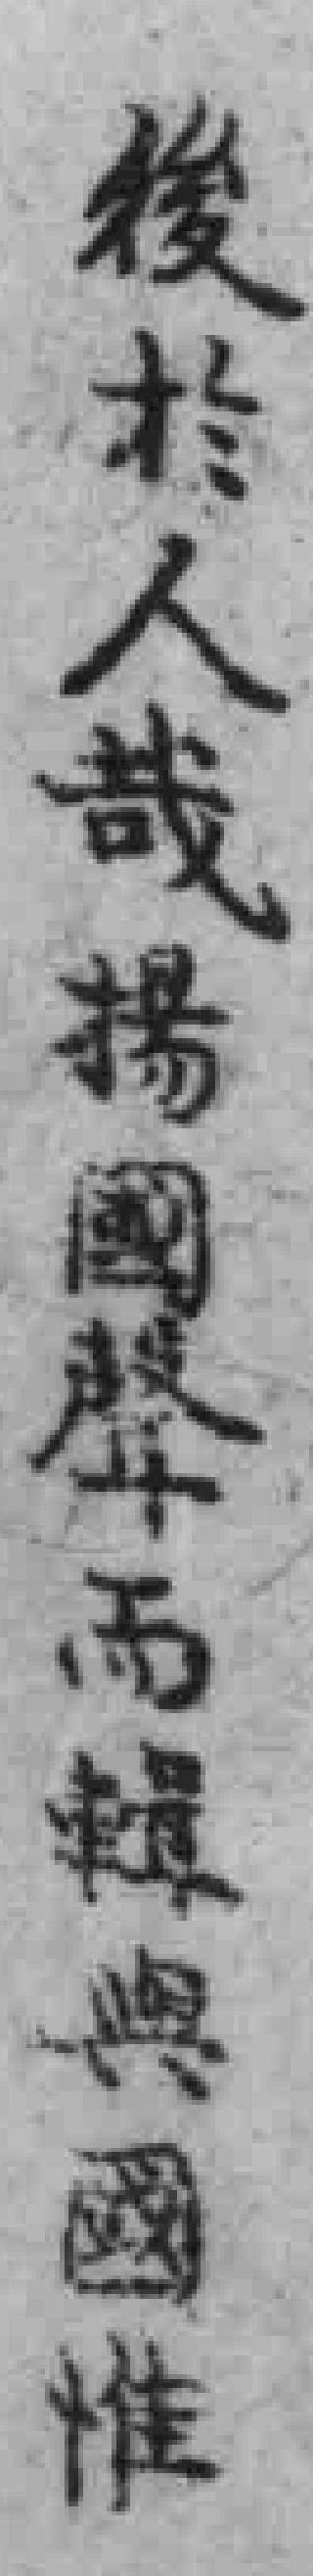
後於人哉揚國聲而輯與國惟